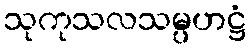
သုကုသလသမ္ပဟဋ္ဌံ